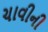
ચાવીની